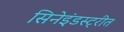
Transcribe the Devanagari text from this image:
सिनेइंडस्ट्रीत